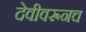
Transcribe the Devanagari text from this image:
देवीवरूनच